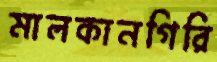
মালকানগিরি